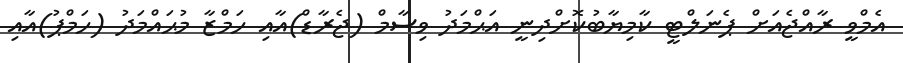
އެމްވީ ރާއްޖެއަށް ޕެނަލްޓީ ކާމިޔާބުކޮށްދިނީ އަޙްމަދު ވިސާމް (ޖެރާޑް)އާއި ހަމްޒާ މުޙައްމަދު (ހަމްޕު)އާއި